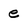
Character: e